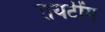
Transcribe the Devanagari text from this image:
रायटींग